Civil Veterinary Dept. Bombay admin report 1923-31 - 1923-1931
Year: 1923
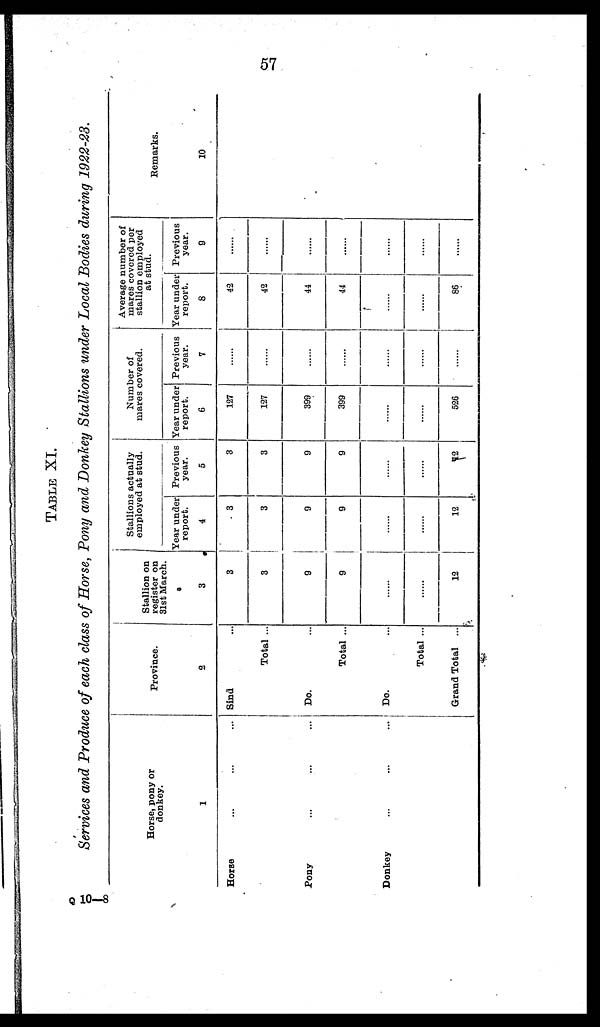
57
TABLE XI
Services and Produce of each class of Horse, Pony and Donkey Stallions under Local Bodies during 1922-23.
Horse, pony or
donkey.
1
Horse
... ... ...
Pony
... ... ...
Donkey
... ... ...
Province.
2
Sind ...
Total ...
Do. ...
Total ...
Do. ...
Total ...
Grand Total ...
Stallion on
register on
31st March.
3
3
3
9
9
...
......
12
Stallions actually
employed at stud.
Year under
report.
4
3
3
9
9
...
......
12
Previous
year.
5
3
3
9
9
......
......
12
Number of
mares covered.
Year under
report.
6
127
127
399
399
......
......
526
Previous
year.
7
......
......
......
......
......
......
......
Average number of
mares covered per
stallion employed
at stud.
Year under
report.
8
42
42
44
44
......
......
86
Previous
year.
9
......
......
.......
.......
......
......
.....
Remarks.
10
Q 10—8